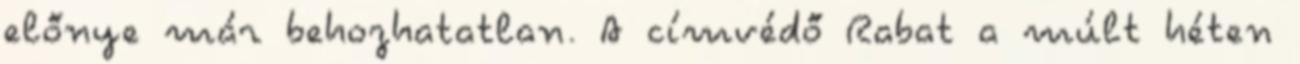
előnye már behozhatatlan. A címvédő Rabat a múlt héten